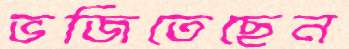
ভজিতেছেন